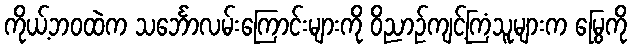
ကိုယ့်ဘဝထဲက သင်္ဘောလမ်းကြောင်းများကို ဝိညာဉ်ကျင့်ကြံသူများက မြွေကို